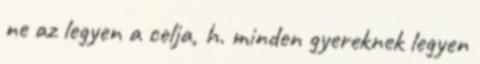
ne az legyen a celja, h. minden gyereknek legyen